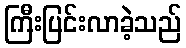
ကြီးပြင်းလာခဲ့သည်